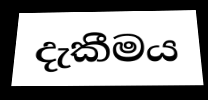
දැකීමය